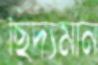
ছিদ্যমান